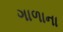
ગાળાના